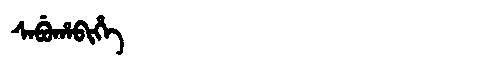
Manchu: ᠰᠠᠪᡠᡥᠠᠪᡳᡥᡝ
Romanization: SABUHABIHE